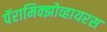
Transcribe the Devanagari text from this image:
पॅरामिक्झोव्हायरस